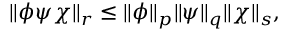
\| \phi \psi \chi \| _ { r } \leq \| \phi \| _ { p } \| \psi \| _ { q } \| \chi \| _ { s } ,